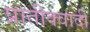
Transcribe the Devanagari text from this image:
प्रातीक्वादी